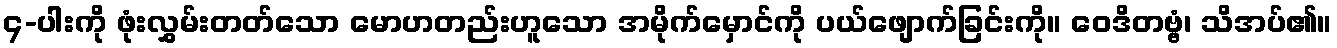
၄-ပါးကို ဖုံးလွှမ်းတတ်သော မောဟတည်းဟူသော အမိုက်မှောင်ကို ပယ်ဖျောက်ခြင်းကို။ ဝေဒိတဗ္ဗံ၊ သိအပ်၏။